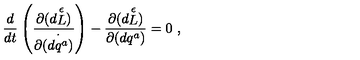
{ \frac { d } { d t } } \left( { \frac { \partial { ( d { \stackrel { \epsilon } { L } } ) } } { \partial { ( \stackrel { \cdot } { d q ^ { a } } } ) } } \right) - { \frac { \partial { ( d { \stackrel { \epsilon } { L } } ) } } { \partial { ( d q ^ { a } ) } } } = 0 \ ,